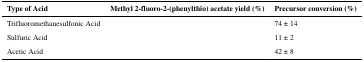
<table><thead><tr><td><b>Type of Acid</b></td><td><b>Methyl 2-fluoro-2-(phenylthio) acetate yield (%)</b></td><td><b>Precursor conversion (%)</b></td></tr></thead><tbody><tr><td>Trifluoromethanesulfonic Acid</td><td>[EMPTY_CELL]</td><td>74 ± 14</td></tr><tr><td>Sulfuric Acid</td><td>[EMPTY_CELL]</td><td>11 ± 2</td></tr><tr><td>Acetic Acid</td><td>[EMPTY_CELL]</td><td>42 ± 8</td></tr></tbody></table>